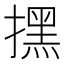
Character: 㩏